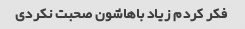
فکر کردم زیاد باهاشون صحبت نکردی